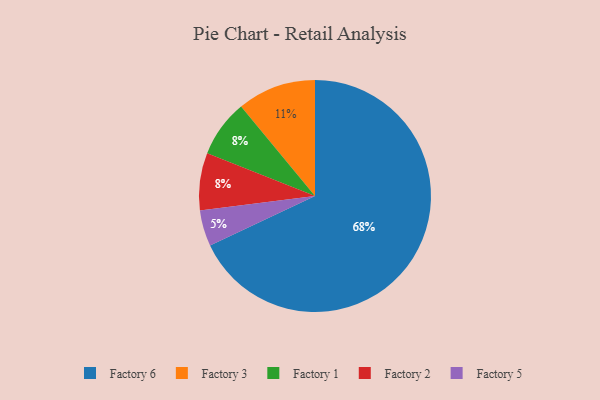
{"axis": {"x": "Category", "y": "Percentage"}, "legend": ["Factory 1", "Factory 2", "Factory 3", "Factory 5", "Factory 6"], "data": [{"x": "Factory 3", "y": 11, "type": "Factory 3"}, {"x": "Factory 1", "y": 8, "type": "Factory 1"}, {"x": "Factory 5", "y": 5, "type": "Factory 5"}, {"x": "Factory 6", "y": 68, "type": "Factory 6"}, {"x": "Factory 2", "y": 8, "type": "Factory 2"}]}